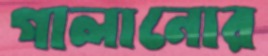
গালানোর